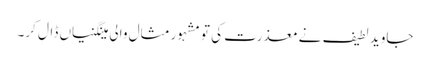
جاوید لطیف نے معذرت کی تو مشہور مثال والی مینگنیاں ڈال کر۔